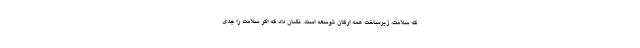
که سلامت، زیرساخت همه ارکان توسعه است. نشان داد که اگر سلامت را جدی